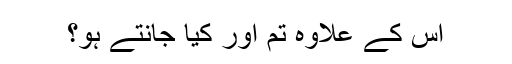
اس کے علاوہ تم اور کیا جانتے ہو؟